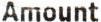
AMOUNT